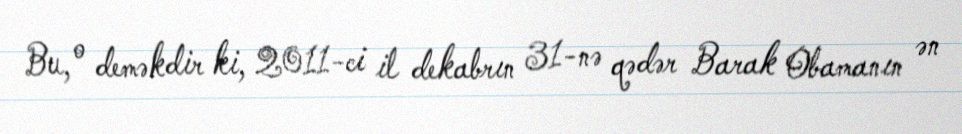
Bu, o deməkdir ki, 2011-ci il dekabrın 31-nə qədər Barak Obamanın ən